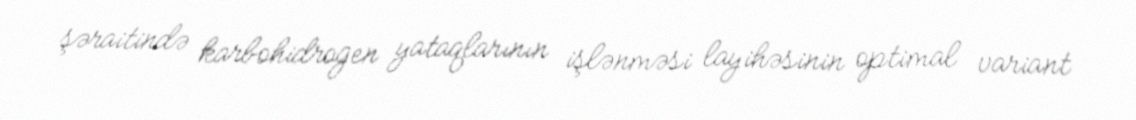
şəraitində karbohidrogen yataqlarının işlənməsi layihəsinin optimal variant